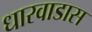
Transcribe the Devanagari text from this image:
धारवाडास